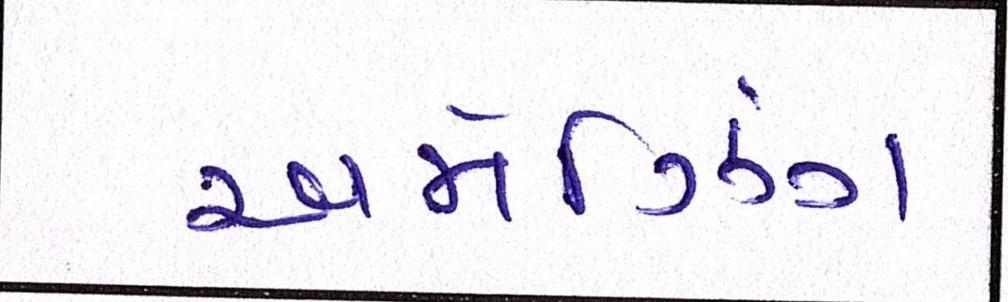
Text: અમેઝિંગ